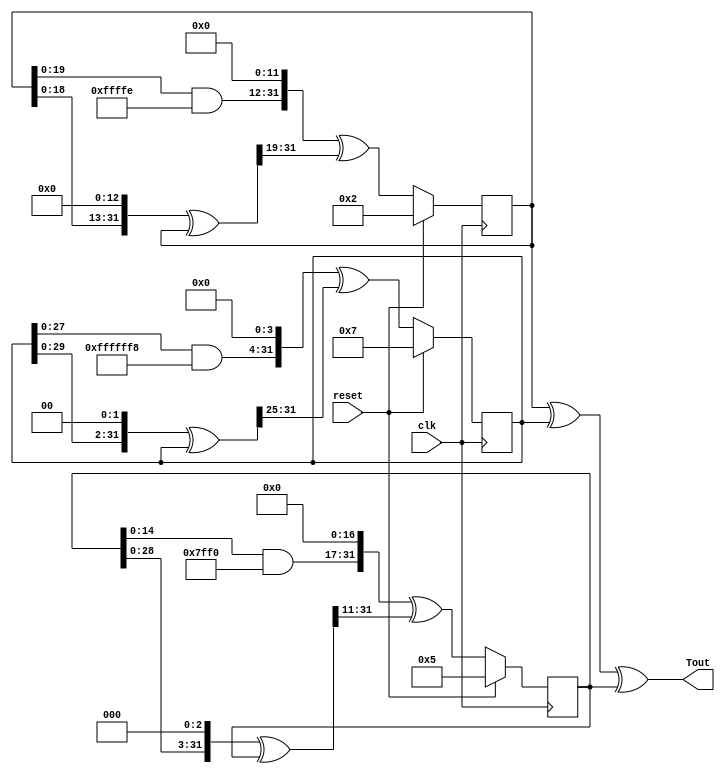
/* 32-bit Tausworthe Uniform Random Number Generator */

module Taus(input clk, input reset, output [31:0] Tout);

	reg [31:0] s0, s1, s2, b;


always @(posedge clk) begin

	if(!reset)
	begin

		b = ((( s0 << 13) ^ s0) >> 19);

		s0 = ((( s0 & 32'hFFFFFFFE) << 12 ) ^ b);

		b = ((( s1 << 2) ^ s1) >> 25);

		s1 = ((( s1 & 32'hFFFF_FFF8) << 4 ) ^ b);

		b = ((( s2 << 3) ^ s2) >> 11);
	
		s2 = ((( s2 & 32'hFFFF_FFF0) << 17 ) ^ b);

	end

	else begin

		s0 = 2;
		s1 = 7;
		s2 = 5;
	end
end

	assign Tout = s0 ^ s1 ^ s2;

endmodule